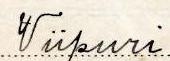
Viipuri